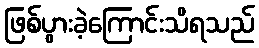
ဖြစ်ပွားခဲ့ကြောင်းသိရသည်